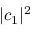
\lvert c _ { 1 } \rvert ^ { 2 }